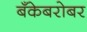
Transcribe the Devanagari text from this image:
बँकेबरोबर